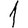
Digit: 1